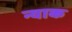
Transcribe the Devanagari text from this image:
न्याक